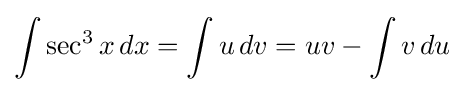
\int \sec ^{3}x\,dx=\int u\,dv=uv-\int v\,du